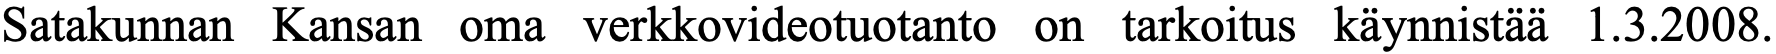
Satakunnan Kansan oma verkkovideotuotanto on tarkoitus käynnistää 1.3.2008.